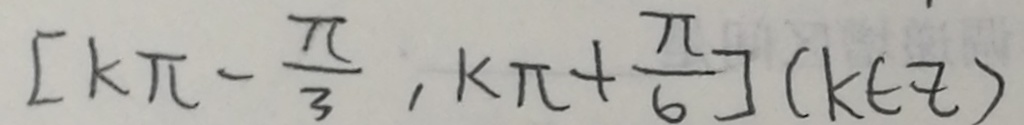
[ k \pi - \frac { \pi } { 3 } , k \pi + \frac { \pi } { 6 } ] ( k \in \dot { z } )